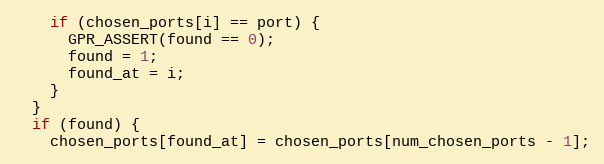
Language: C++
    if (chosen_ports[i] == port) {
      GPR_ASSERT(found == 0);
      found = 1;
      found_at = i;
    }
  }
  if (found) {
    chosen_ports[found_at] = chosen_ports[num_chosen_ports - 1];